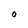
Character: O